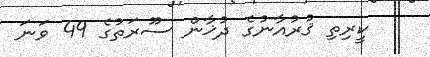
ކީރިތި ޤުރުއާނުގެ ދުޚާން ސޫރަތުގެ 49 ވަނަ